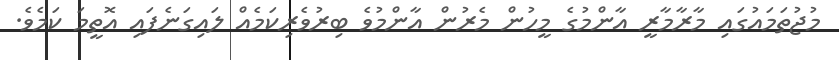
މުޖުތަމައުގައި މާރާމާރީ އާންމުގެ މީހުން މެރުން އާންމުވެ ބިރުވެރިކަމެއް ލައިގަނެފައި އޮތީމަ ކަމެވެ.